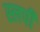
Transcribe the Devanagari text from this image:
स्लर्पी